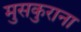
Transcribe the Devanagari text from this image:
मुसकुराना